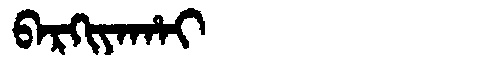
Manchu: ᠪᠠᡵᡴᡳᠶᠠᡥᠠᡳ
Romanization: BARKIYAHAI